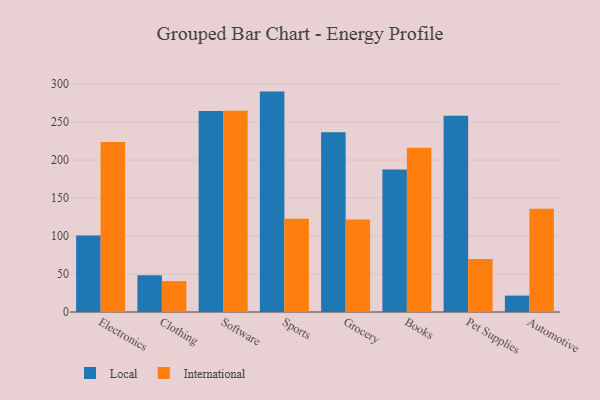
{"axis": {"x": "Category", "y": "Waste Production (Tons)"}, "legend": ["International", "Local"], "data": [{"x": "Electronics", "y": 100.8, "type": "Local"}, {"x": "Electronics", "y": 223.7, "type": "International"}, {"x": "Clothing", "y": 48.3, "type": "Local"}, {"x": "Clothing", "y": 40.7, "type": "International"}, {"x": "Software", "y": 264.7, "type": "Local"}, {"x": "Software", "y": 264.8, "type": "International"}, {"x": "Sports", "y": 290.1, "type": "Local"}, {"x": "Sports", "y": 122.9, "type": "International"}, {"x": "Grocery", "y": 236.7, "type": "Local"}, {"x": "Grocery", "y": 121.6, "type": "International"}, {"x": "Books", "y": 187.6, "type": "Local"}, {"x": "Books", "y": 216.2, "type": "International"}, {"x": "Pet Supplies", "y": 258.3, "type": "Local"}, {"x": "Pet Supplies", "y": 69.8, "type": "International"}, {"x": "Automotive", "y": 21.6, "type": "Local"}, {"x": "Automotive", "y": 136.0, "type": "International"}]}